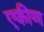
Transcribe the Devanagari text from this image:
एकीण